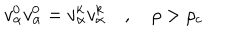
v _ { \alpha } ^ { 0 } v _ { \alpha } ^ { 0 } = v _ { \alpha } ^ { k } v _ { \alpha } ^ { k } \quad , \quad \rho > \rho _ { c } \